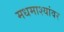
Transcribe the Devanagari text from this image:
मधमाश्यांवर